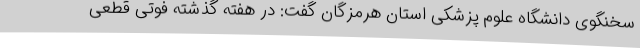
سخنگوی دانشگاه علوم پزشکی استان هرمزگان گفت: در هفته گذشته فوتی قطعی